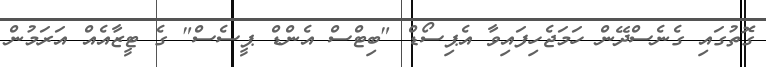
ގޮތުގައި ގެނެސްދޭން ހަމަޖެހިފައިވާ އެޕިސޯޑް "ބިޓްސް އެންޑް ޕީސެސް" ގެ ޓީޒާއެއް އަރަމުން